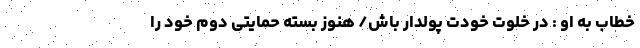
خطاب به او : در خلوت خودت پولدار باش/ هنوز بسته حمایتی دوم خود را